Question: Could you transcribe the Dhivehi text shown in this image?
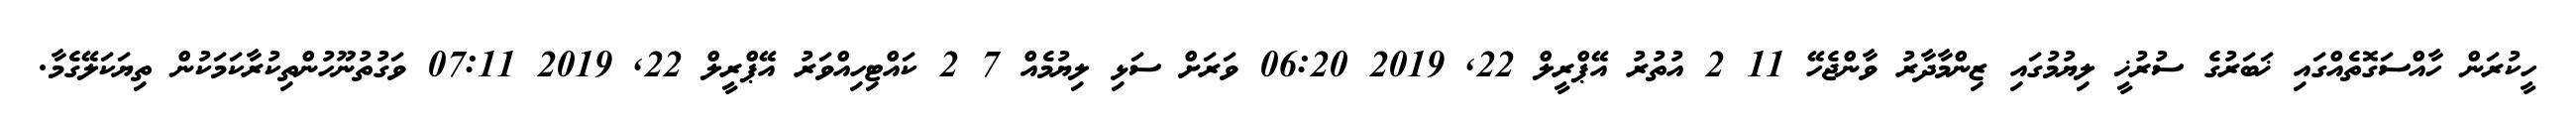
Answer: ހީކުރަން ހާއްސަގޮތެއްގައި ޚަބަރުގެ ސުރުޚީ ލިޔުމުގައި ޒިންމާދާރު ވާންޖެހޭ 11 2 އުތުރު އޭޕްރީލް 22, 2019 06:20 ވަރަށް ސަޅި ލިޔުމެއް 7 2 ކައްޓިހިއްވަރު އޭޕްރީލް 22, 2019 07:11 ވަގުތުނޫހުންތިކުރާކަމަކުން ތިޔަކަލޭގެމާ.